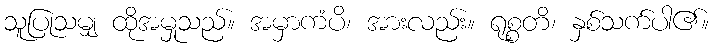
သူပြုသမျှ ထိုအမှုသည်။ အမှာကံပိ၊ အားလည်း။ ရုစ္စတိ၊ နှစ်သက်ပါ၏။